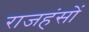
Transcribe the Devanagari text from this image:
राजहंसों